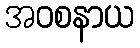
အဝစနာယ